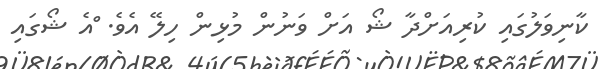
ކާނިވަލުގައި ކުރިއަށްދާ ޝޯ އަށް ވަނުން މުޅިން ހިލޭ އެވެ. ްއެ ޝޯގައި